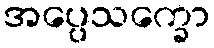
အပ္ပေသက္ခော